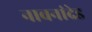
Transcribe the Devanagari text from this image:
नावनांदेड